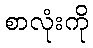
စာလုံးကို